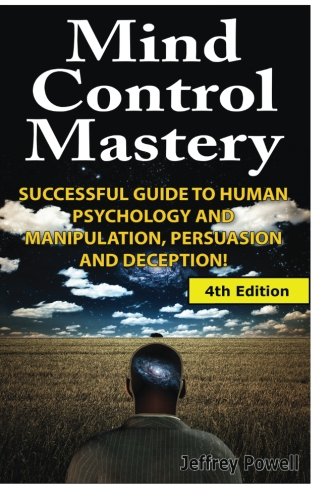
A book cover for Mind Control Mastery: Successful Guide to Human Psychology and Manipulation, Persuasion and Deception; Jeffrey Powell; Self-Help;